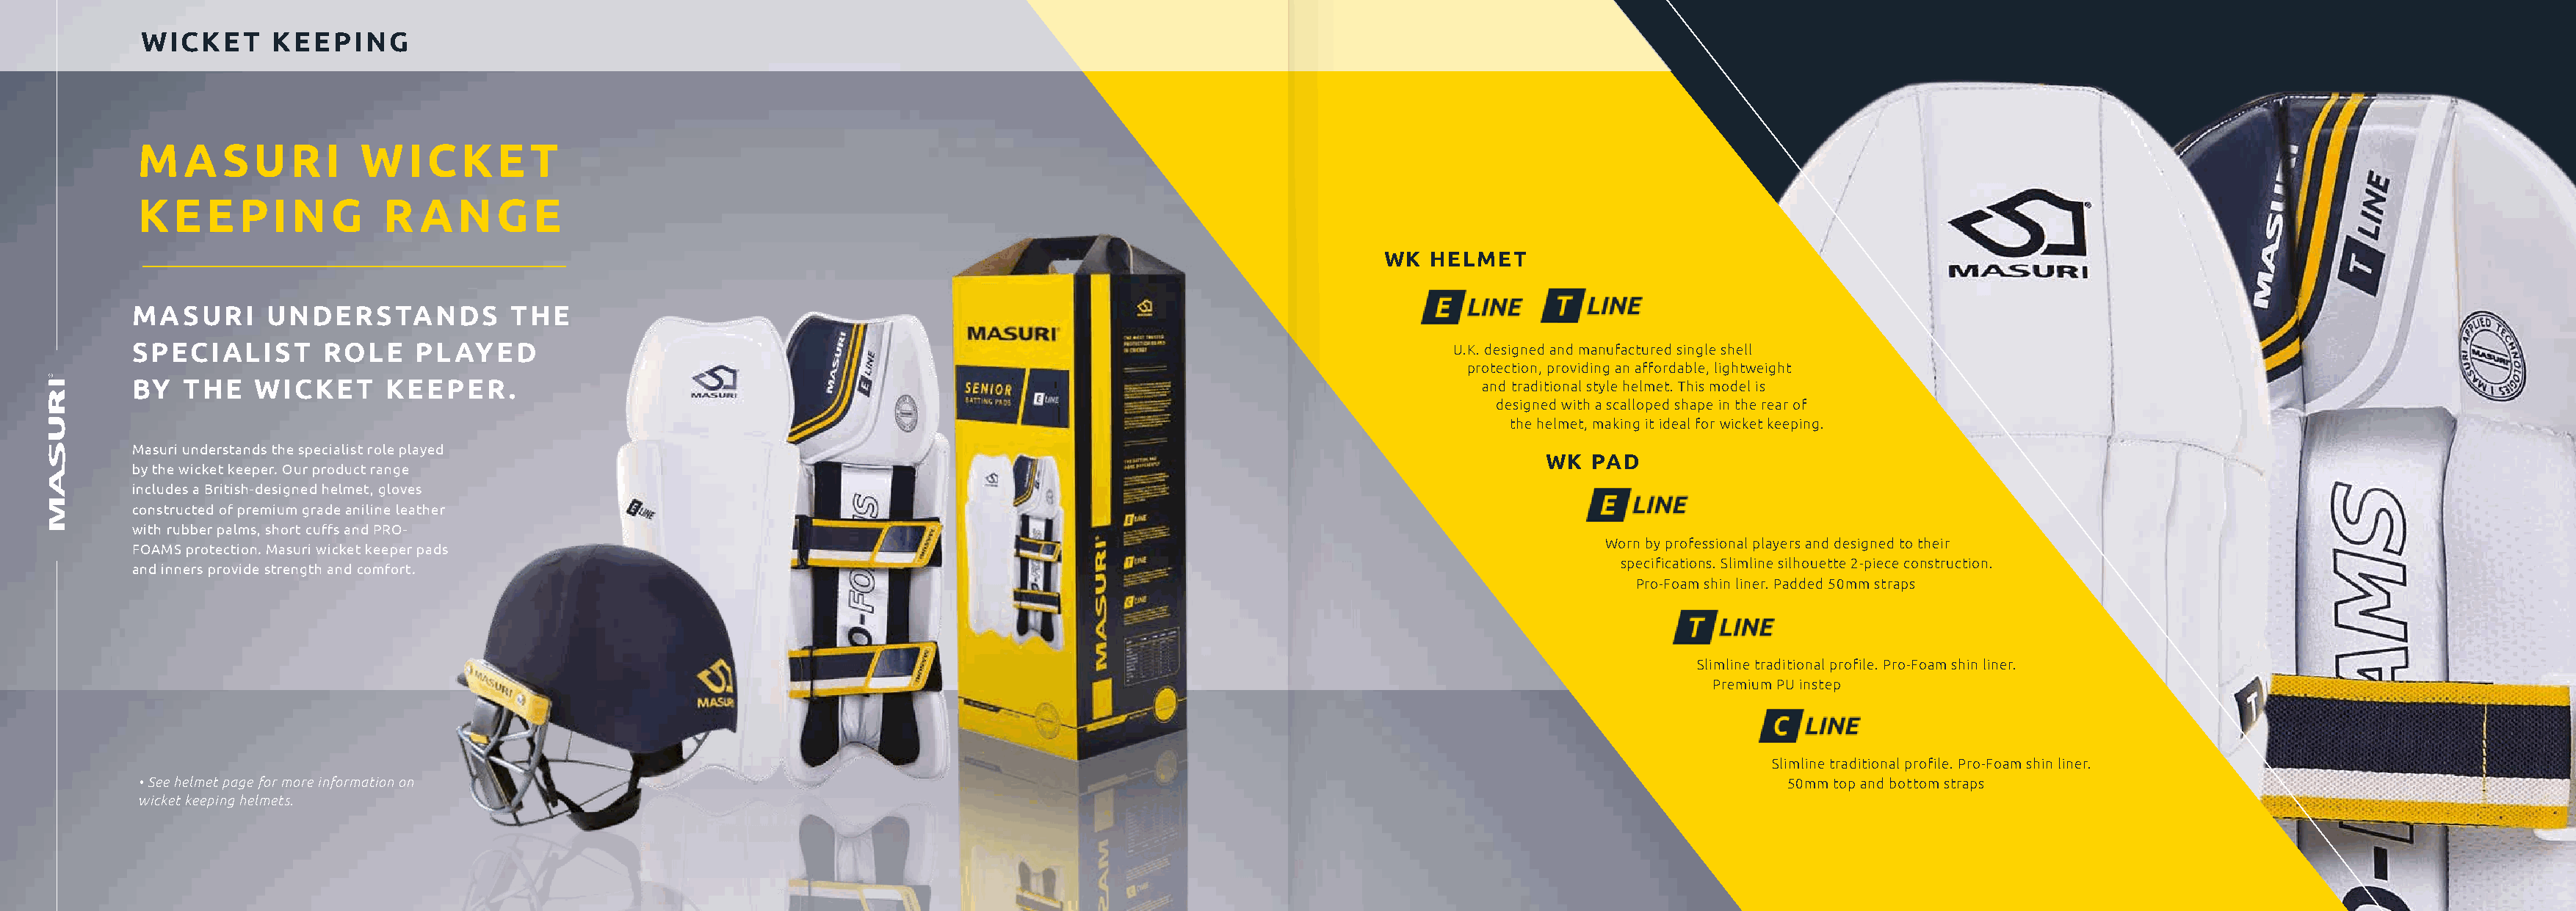
WICKET      KEEPING
 M    A  SU    RI    WICKE           T
 KE     E  PING         R  ANG       E
 WK  HELMET
 MASURI      UNDERSTANDS           THE
 SPECIALIST       ROLE    PLAYED                                                                                        U.K. designed and manufactured single shell
 protection, providing an affordable, lightweight
 BY   THE   WICKET      KEEPER.                                                                                            and traditional style helmet. This model is
 designed with a scalloped shape in the rear of
 the helmet, making it ideal for wicket keeping.
 Masuri understands the specialist role played
 WK  PAD
 by the wicket keeper. Our product range
 includes a British-designed helmet, gloves
 constructed of premium grade aniline leather
 with rubber palms, short cuffs and PRO-
 Worn by professional players and designed to their
 FOAMS protection. Masuri wicket keeper pads
 specifications. Slimline silhouette 2-piece construction.
 and inners provide strength and comfort.
 Pro-Foam shin liner. Padded 50mm straps
 Slimline traditional profile. Pro-Foam shin liner.
 Premium PU instep
 Slimline traditional profile. Pro-Foam shin liner.
 • See helmet page for more information on                                                                                                            50mm top and bottom straps
 wicket keeping helmets.